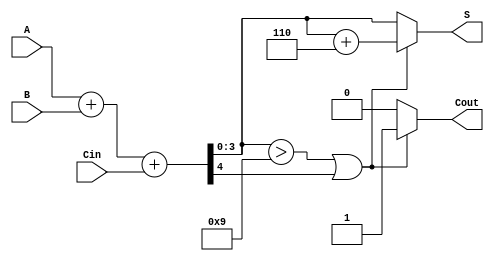
module BCD_Ripple_Carry_Adder (
    input [3:0] A,      // First BCD digit
    input [3:0] B,      // Second BCD digit
    input Cin,          // Carry-in (usually 0 for single BCD addition)
    output reg [3:0] S, // BCD sum output
    output reg Cout     // Carry-out
);

    wire [4:0] sum;     // 5-bit sum to accommodate carry-out
    wire [3:0] corrected_sum; // Corrected sum after BCD adjustment
    wire correction_needed; // Flag to indicate if correction is needed

    // Step 1: Perform binary addition
    assign sum = A + B + Cin;

    // Step 2: Check if correction is needed
    assign correction_needed = (sum[3:0] > 4'b1001) || sum[4];

    // Step 3: BCD Correction Logic
    always @(*) begin
        if (correction_needed) begin
            // If correction is needed, add 6 (0110) to the sum
            corrected_sum = sum[3:0] + 4'b0110;
            Cout = 1; // Set carry-out since correction was applied
        end else begin
            corrected_sum = sum[3:0];
            Cout = 0; // No carry-out
        end
        S = corrected_sum; // Assign the final BCD sum
    end

endmodule